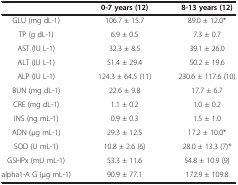
|  | 0-7 years (12) | 8-13 years (12) |
 | --- | --- | --- |
 | GLU (mg dL-1) | 106.7 ± 15.7 | 89.0 ± 12.0* |
 | TP (g dL-1) | 6.9 ± 0.5 | 7.3 ± 0.7 |
 | AST (IU L-1) | 32.3 ± 8.5 | 39.1 ± 26.0 |
 | ALT (IU L-1) | 51.4 ± 29.4 | 50.2 ± 19.6 |
 | ALP (IU L-1) | 124.3 ± 64.5 (11) | 230.6 ± 117.6 (10) |
 | BUN (mg dL-1) | 22.6 ± 9.8 | 17.7 ± 6.7 |
 | CRE (mg dL-1) | 1.1 ± 0.2 | 1.0 ± 0.2 |
 | INS (ng mL-1) | 0.9 ± 0.3 | 1.5 ± 1.0 |
 | ADN (μg mL-1) | 29.3 ± 12.5 | 17.2 ± 10.0* |
 | SOD (U mL-1) | 10.8 ± 2.6 (6) | 28.0 ± 13.3 (7)* |
 | GSHPx (mU mL-1) | 53.3 ± 11.6 | 54.8 ± 10.9 (9) |
 | alpha1-A G (μg mL-1) | 90.9 ± 77.1 | 172.9 ± 109.8 |